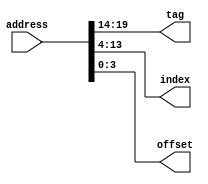
module cache_div #(
    	parameter address_bit = 20, //size of the addressess
    	parameter tag_bit = 6, //size of the tag
    	parameter index_bit = 10, //size of the index
    	parameter offset_bit = 4 //size of the offset
    	)(input [(tag_bit + index_bit + offset_bit - 1):0] address,
   	 output [(tag_bit - 1):0] tag,
    	output [(index_bit - 1):0] index,
    	output [(offset_bit - 1):0] offset
    	);

    	assign tag = address[(tag_bit + index_bit + offset_bit - 1):(index_bit + offset_bit)];
    	assign index = address[(index_bit + offset_bit - 1 ):offset_bit];
    	assign offset = address[(offset_bit - 1):0];

endmodule